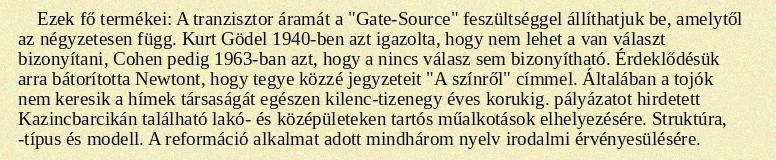
Ezek fő termékei: A tranzisztor áramát a "Gate-Source" feszültséggel állíthatjuk be, amelytől az négyzetesen függ. Kurt Gödel 1940-ben azt igazolta, hogy nem lehet a van választ bizonyítani, Cohen pedig 1963-ban azt, hogy a nincs válasz sem bizonyítható. Érdeklődésük arra bátorította Newtont, hogy tegye közzé jegyzeteit "A színről" címmel. Általában a tojók nem keresik a hímek társaságát egészen kilenc-tizenegy éves korukig. pályázatot hirdetett Kazincbarcikán található lakó- és középületeken tartós műalkotások elhelyezésére. Struktúra, -típus és modell. A reformáció alkalmat adott mindhárom nyelv irodalmi érvényesülésére.